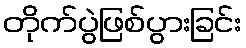
တိုက်ပွဲဖြစ်ပွားခြင်း